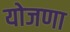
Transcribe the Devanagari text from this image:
योजणा